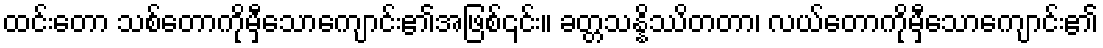
ထင်းတော သစ်တောကိုမှီသောကျောင်း၏အဖြစ်၎င်း။ ခတ္တသန္နိဿိတတာ၊ လယ်တောကိုမှီသောကျောင်း၏